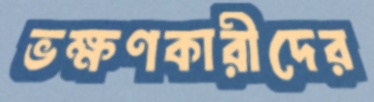
ভক্ষণকারীদের